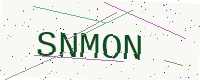
Text: SNMON